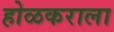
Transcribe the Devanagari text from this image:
होळकराला